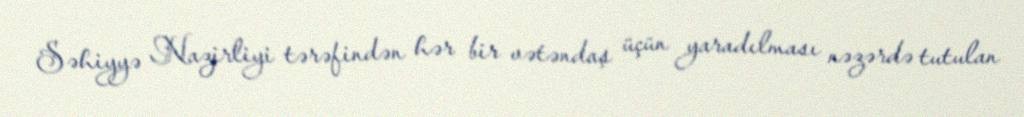
Səhiyyə Nazirliyi tərəfindən hər bir vətəndaş üçün yaradılması nəzərdə tutulan